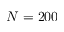
N = 2 0 0